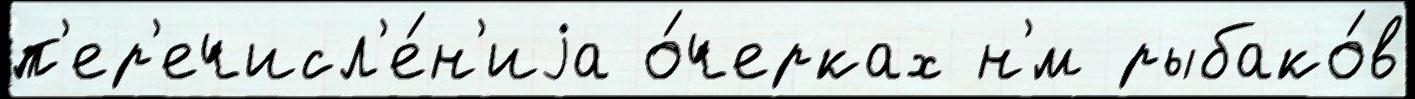
п'ер'ечисл'е́н'иjа о́черках н'́м рыбако́в